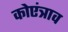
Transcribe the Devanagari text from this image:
कोएंत्राव